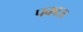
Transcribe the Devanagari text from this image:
पकाऊ